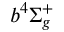
b ^ { 4 } \Sigma _ { g } ^ { + }